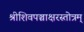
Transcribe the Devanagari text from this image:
श्रीशिवपञ्चाक्षरस्तोत्रम्